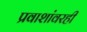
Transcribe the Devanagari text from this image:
प्रवाशांवरही